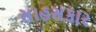
સાહસકાર